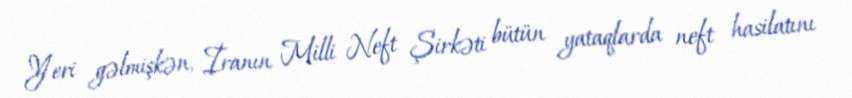
Yeri gəlmişkən, İranın Milli Neft Şirkəti bütün yataqlarda neft hasilatını